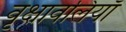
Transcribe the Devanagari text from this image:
वृक्षावलियाँ